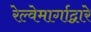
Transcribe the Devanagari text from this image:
रेल्वेमार्गाद्वारे